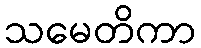
သမေတိကာ